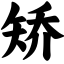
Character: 矫